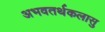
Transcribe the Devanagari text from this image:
अभवतर्थकलासु